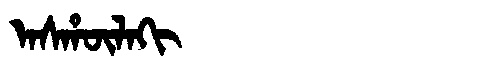
Manchu: ᠠᠰᡥᡡᠯᠠᡴᡳ
Romanization: ASHŪLAKI